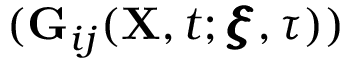
( \mathbf { G } _ { i j } ( \mathbf { X } , t ; \pmb { \xi } , \tau ) )